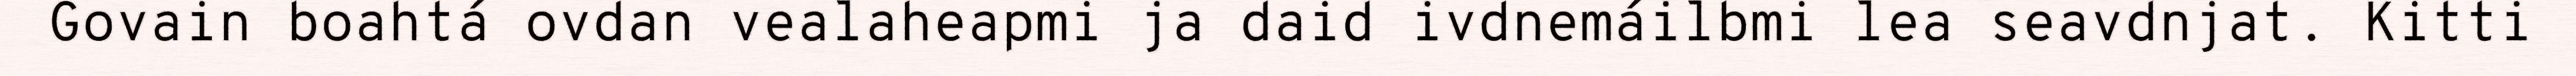
Govain boahtá ovdan vealaheapmi ja daid ivdnemáilbmi lea seavdnjat. Kitti